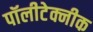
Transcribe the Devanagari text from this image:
पॉलीटेक्नीक